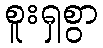
စူးရှစွာ